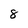
Character: 8